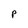
Character: P